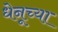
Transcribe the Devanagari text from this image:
धेनूच्या